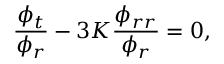
\frac { \phi _ { t } } { \phi _ { r } } - 3 K \frac { \phi _ { r r } } { \phi _ { r } } = 0 ,